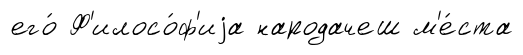
его́ Ф'илосо́ф'иjа народачеш м'е́ста